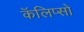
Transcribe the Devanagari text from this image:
कॅलिप्सो